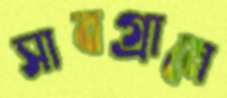
সাবগ্রামে